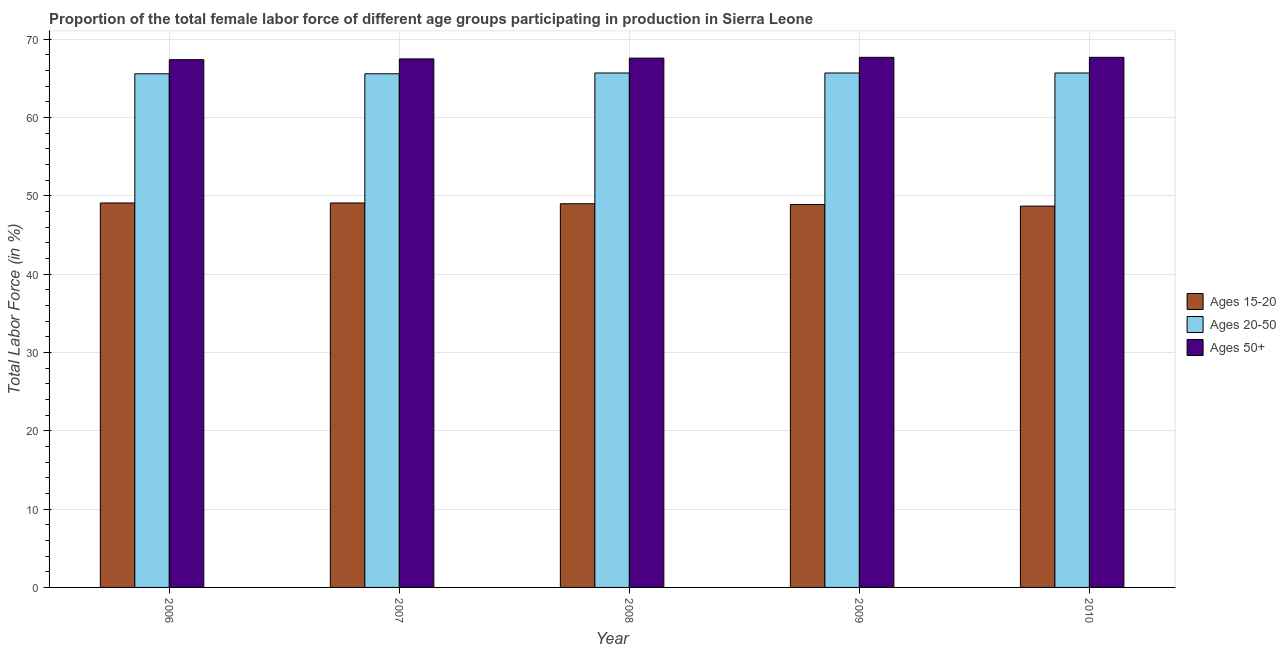
| Year | Ages 15-20 | Ages 20-50 | Ages 50+ |
 | --- | --- | --- | --- |
 | 2006 | 49.1 | 65.6 | 67.4 |
 | 2007 | 49.1 | 65.6 | 67.5 |
 | 2008 | 49 | 65.7 | 67.6 |
 | 2009 | 48.9 | 65.7 | 67.7 |
 | 2010 | 48.7 | 65.7 | 67.7 |